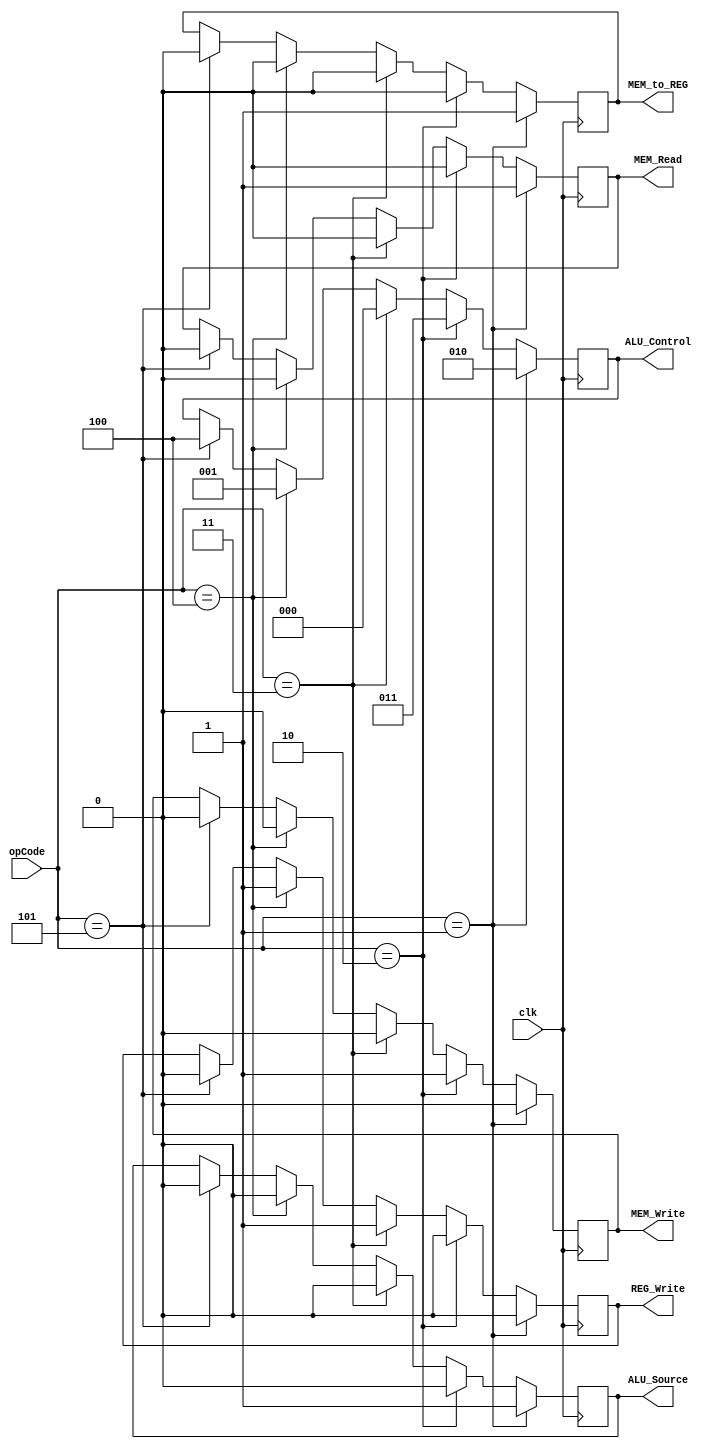
module ControlUnit (
    input clk,
    input[4:0] opCode,
    output reg REG_Write,
    output reg MEM_Write,
    output reg MEM_Read,
    output reg ALU_Source,
    output reg MEM_to_REG,
    output reg [2:0] ALU_Control
);

always @(posedge clk) begin
    if (opCode==5'b00001) begin           //LDM instruction
        ALU_Control = 3'b010;
        REG_Write   = 0;
        MEM_Write   = 0;
        MEM_Read    = 1;
        ALU_Source  = 1;
        MEM_to_REG  = 1;
    end else if (opCode==5'b00010) begin  //STD instruction
        ALU_Control = 3'b011;
        REG_Write   = 0;
        MEM_Write   = 1;
        MEM_Read    = 0;
        ALU_Source  = 0;
        MEM_to_REG  = 0;
    end else if (opCode==5'b00011) begin  //ADD instruction
        ALU_Control = 3'b000;
        REG_Write   = 1;
        MEM_Write   = 0;
        MEM_Read    = 0;
        ALU_Source  = 0;
        MEM_to_REG  = 0;
    end else if (opCode==5'b00100) begin  //NOT instruction
        ALU_Control = 3'b001;
        REG_Write   = 1;
        MEM_Write   = 0;
        MEM_Read    = 0;
        ALU_Source  = 0;
        MEM_to_REG  = 0;
    end else if (opCode==5'b00101) begin  //NOP instruction
        ALU_Control = 3'b100;
        REG_Write   = 0;
        MEM_Write   = 0;
        MEM_Read    = 0;
        ALU_Source  = 0;
        MEM_to_REG  = 0;
    end
end

endmodule
module RegFile_registers
(read_enable, write_enable, read_data1,read_data2, write_data, clk, reset, read_addr1,read_addr2, write_addr);

// declaration
input read_enable, write_enable, reset, clk;
input[15 : 0] write_data;
input[2 : 0] read_addr1,read_addr2, write_addr;
output reg[15 : 0] read_data1;
output reg[15 : 0] read_data2;
reg[15 : 0] Registers[7 : 0];
integer i;

// logic
always @ (posedge clk)
// reset
    if (reset)
    begin
    	for(i = 0; i < 8; i = i + 1)
             Registers[i] = 0;
    end
// read
    else if (read_enable && write_enable !== 1)begin
         read_data1 = Registers[read_addr1];
         read_data2 = Registers[read_addr2];
// write
    end else if (write_enable && read_enable !== 1)
        Registers[write_addr]  = write_data;
endmodule
module Decode (
    input [15:0] write_back,
    input [31:0] instr,   //Incoming from fetch
    input read_enable, write_enable, reset, clk,
    input[2 : 0] read_addr1,read_addr2, write_addr,
    output reg  REG_Write,
    output reg  MEM_Write,
    output reg  MEM_Read,
    output reg  ALU_Source,
    output reg  MEM_to_REG,
    output reg  [2:0] ALU_Control,
    output reg[15 : 0] read_data1,
    output reg[15 : 0] read_data2
);
    //ControlUnit cu(clk,instr[31:27],REG_Write,MEM_Write,MEM_Read,ALU_Source,MEM_to_REG,ALU_Control);
    RegFile_registers regFile (read_enable, write_enable, read_data1,read_data2, write_back, clk, reset, read_addr1,read_addr2, write_addr);
endmodule